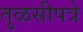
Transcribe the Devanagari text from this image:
तुळसीपत्रे